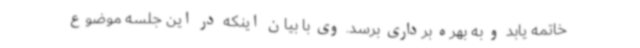
خاتمه یابد و به بهره برداری برسد. وی با بیان اینکه در این جلسه موضوع